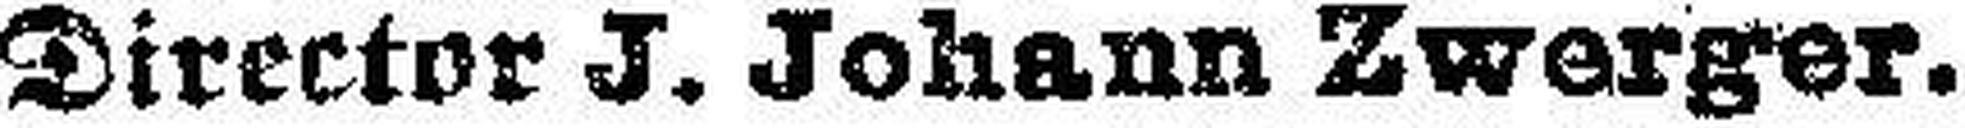
Director J. Johann Zwerger.